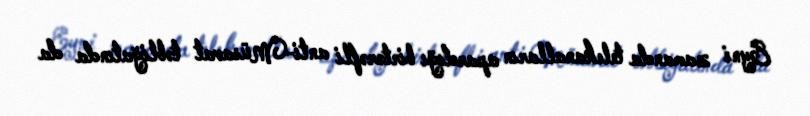
Eyni zamanda telekanalların apardığı birtərəfli anti-Müsavat təbliğatında da